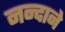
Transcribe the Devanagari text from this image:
नन्दाने